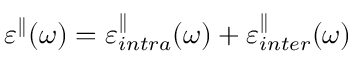
\varepsilon ^ { \parallel } ( \omega ) = \varepsilon _ { i n t r a } ^ { \parallel } ( \omega ) + \varepsilon _ { i n t e r } ^ { \parallel } ( \omega )